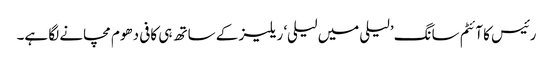
رئیس کا آئٹم سانگ ’لیلی میں لیلی‘ ریلیز کے ساتھ ہی کافی دھوم مچانے لگا ہے۔